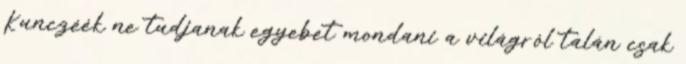
Kunczéék ne tudjanak egyebet mondani a világról talán csak